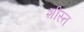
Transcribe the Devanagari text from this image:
शीस्त